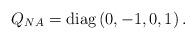
LaTeX: \begin{align*}Q_{NA} = \rm{diag}\, (0,-1,0,1) \, .\end{align*}